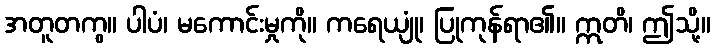
အတူတကွ။ ပါပံ၊ မကောင်းမှုကို။ ကရေယျုံ၊ ပြုကုန်ရာ၏။ ဣတိ၊ ဤသို့။